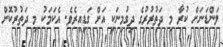
ލަންޑަނަށް ކުރާ މި ދަތުރުރުގެ ދިގުމިނަކީ އަށް ގަޑިއިރެވެ. އެކަމަކު މި ދަތުރުކޮށް